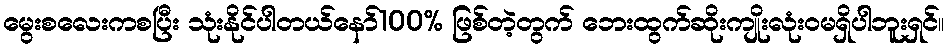
မွေးစလေးကစပြီး သုံးနိုင်ပါတယ်နော်100% ဖြစ်တဲ့တွက် ဘေးထွက်ဆိုးကျိုးလုံးဝမရှိပါဘူးရှင်။